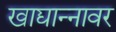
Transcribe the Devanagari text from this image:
खाद्यान्नावर